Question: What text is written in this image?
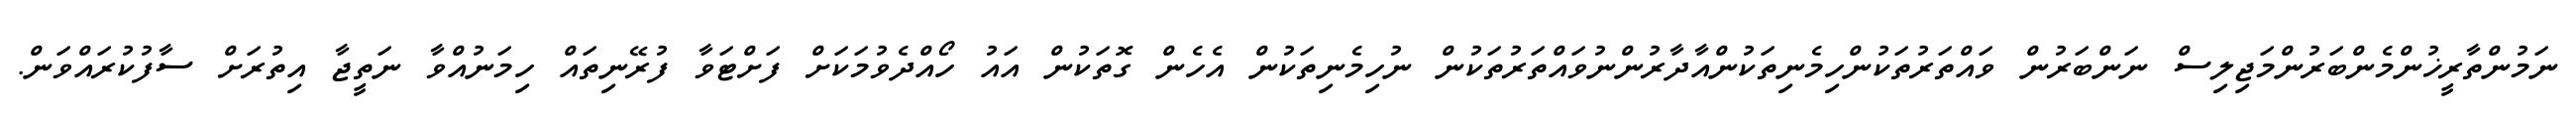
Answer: ނަމުންތާރީޚުންމެންބަރުންމަޖިލިސް ނަންބަރުން ވައްތަރުތަކުންހިމެނިތަކުންއާދާރުންނުވައްތަރުތަކުން ނުހިމެނިތަކުން އެހެން ގޮތަކުން އައު ހޯއްދެވުމަކަށް ފަށްޓަވާ ފުރޭނިތައް ހިމަނުއްވާ ނަތީޖާ އިތުރަށް ސާފުކުރައްވަން.